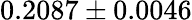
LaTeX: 0.2087\pm 0.0046